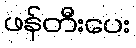
ဖန်တီးပေး